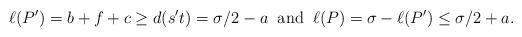
LaTeX: \begin{align*} \ell(P')=b+f+c\ge d(s't)=\sigma/2-a\;\; \mbox{and}\;\;\ell(P)=\sigma-\ell(P')\le\sigma/2+a. \end{align*}